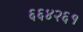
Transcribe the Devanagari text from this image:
६६४२६१